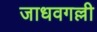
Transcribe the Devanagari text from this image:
जाधवगल्ली